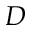
D